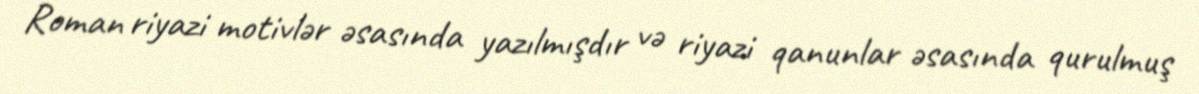
Roman riyazi motivlər əsasında yazılmışdır və riyazi qanunlar əsasında qurulmuş